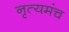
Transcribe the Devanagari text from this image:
नृत्यमंच